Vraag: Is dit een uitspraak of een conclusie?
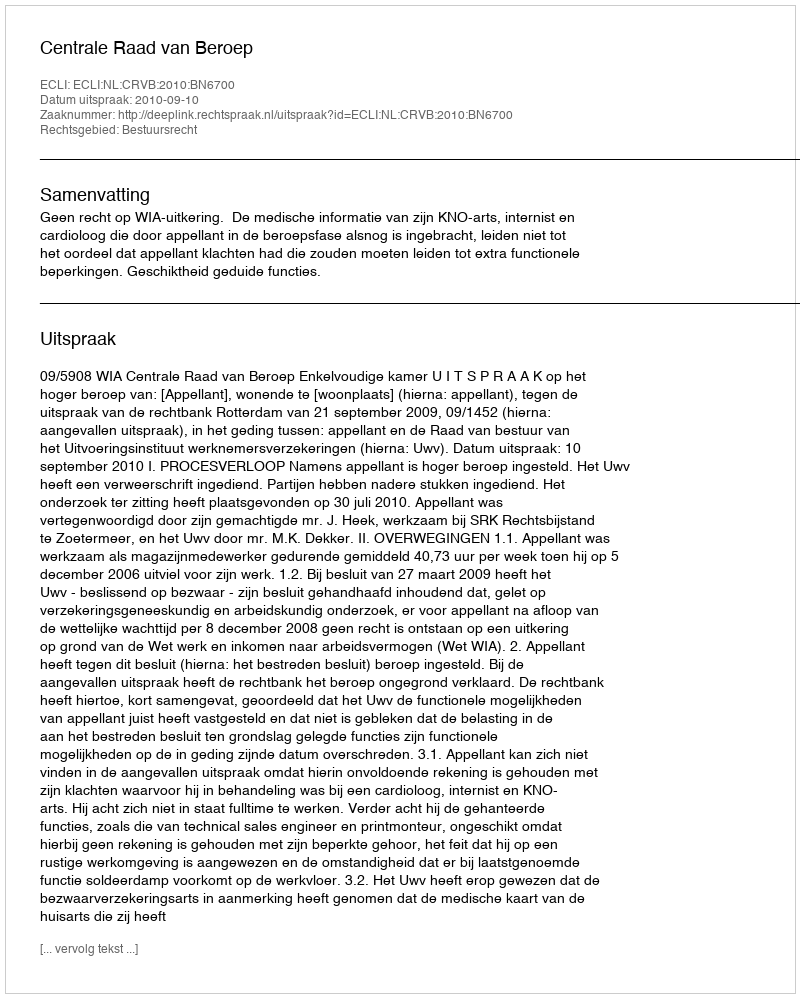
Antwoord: Uitspraak